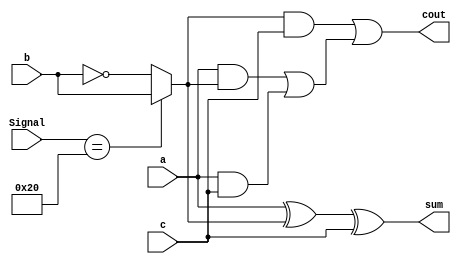
`timescale 1ns/1ns

// Full Adder + Subtractor
module Full_Adder_Sub( a, b, c, cout, sum, Signal ) ;

    input a, b, c ;
	input [5:0] Signal ;
    output cout, sum ;
	
	parameter ADD = 6'b100000;
	parameter SUB = 6'b100010;
	parameter SLT = 6'b101010;
	
	wire B ;
	assign B = ( Signal == ADD ) ? b : ~b ; 
	
    wire  w1, w2, w3, w4, w5 ;
	
// 	sum = a xor b xor c 
    xor(w1, a, B) ; // a xor b
    xor(sum, w1, c); 
	
// 	cout = a&b | a&c | b&c
    and( w2, a, B ) ; // a & b
	and( w3, a, c ) ; // a & c
	and( w4, B, c ) ; // b & c
	or( w5, w2, w3 ) ;  // a & b | a & c
	or( cout, w4, w5 ) ; 

endmodule